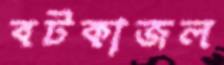
বটকাজল